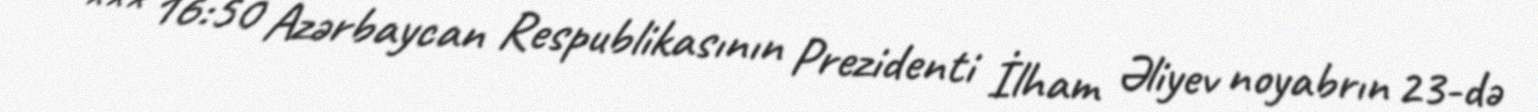
*** 16:50 Azərbaycan Respublikasının Prezidenti İlham Əliyev noyabrın 23-də